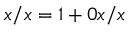
x / x = 1 + 0 x / x